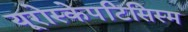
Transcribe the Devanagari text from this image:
यूरोस्केपटिसिस्म